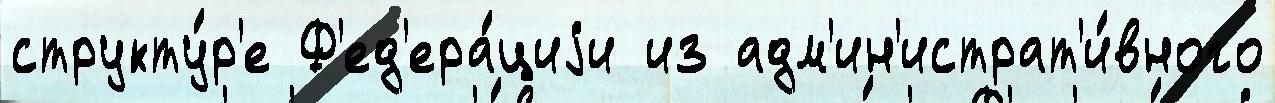
структу́р'е Ф'ед'ера́циjи из адм'ин'истрат'и́вного